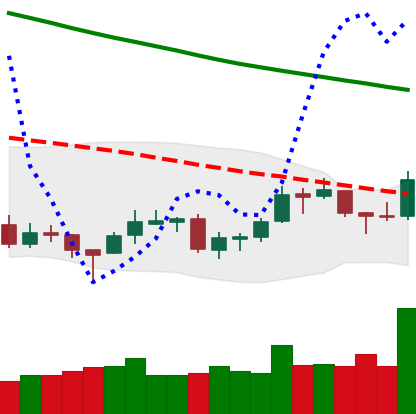
Ticker: LTC-USD
Chart end date: 2018-09-27
Forward return: -5.199%
Label: down_5_7